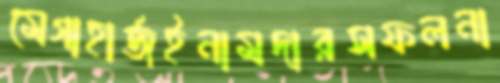
মেগাহার্জইনামদারসফলনা